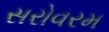
સરોવરમ